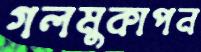
গলমুকাপন